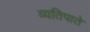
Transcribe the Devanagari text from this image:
व्यतिपाते